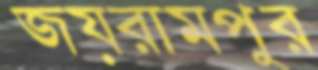
জয়রামপুর